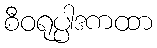
စီဝရုပ္ပါဒကထာ